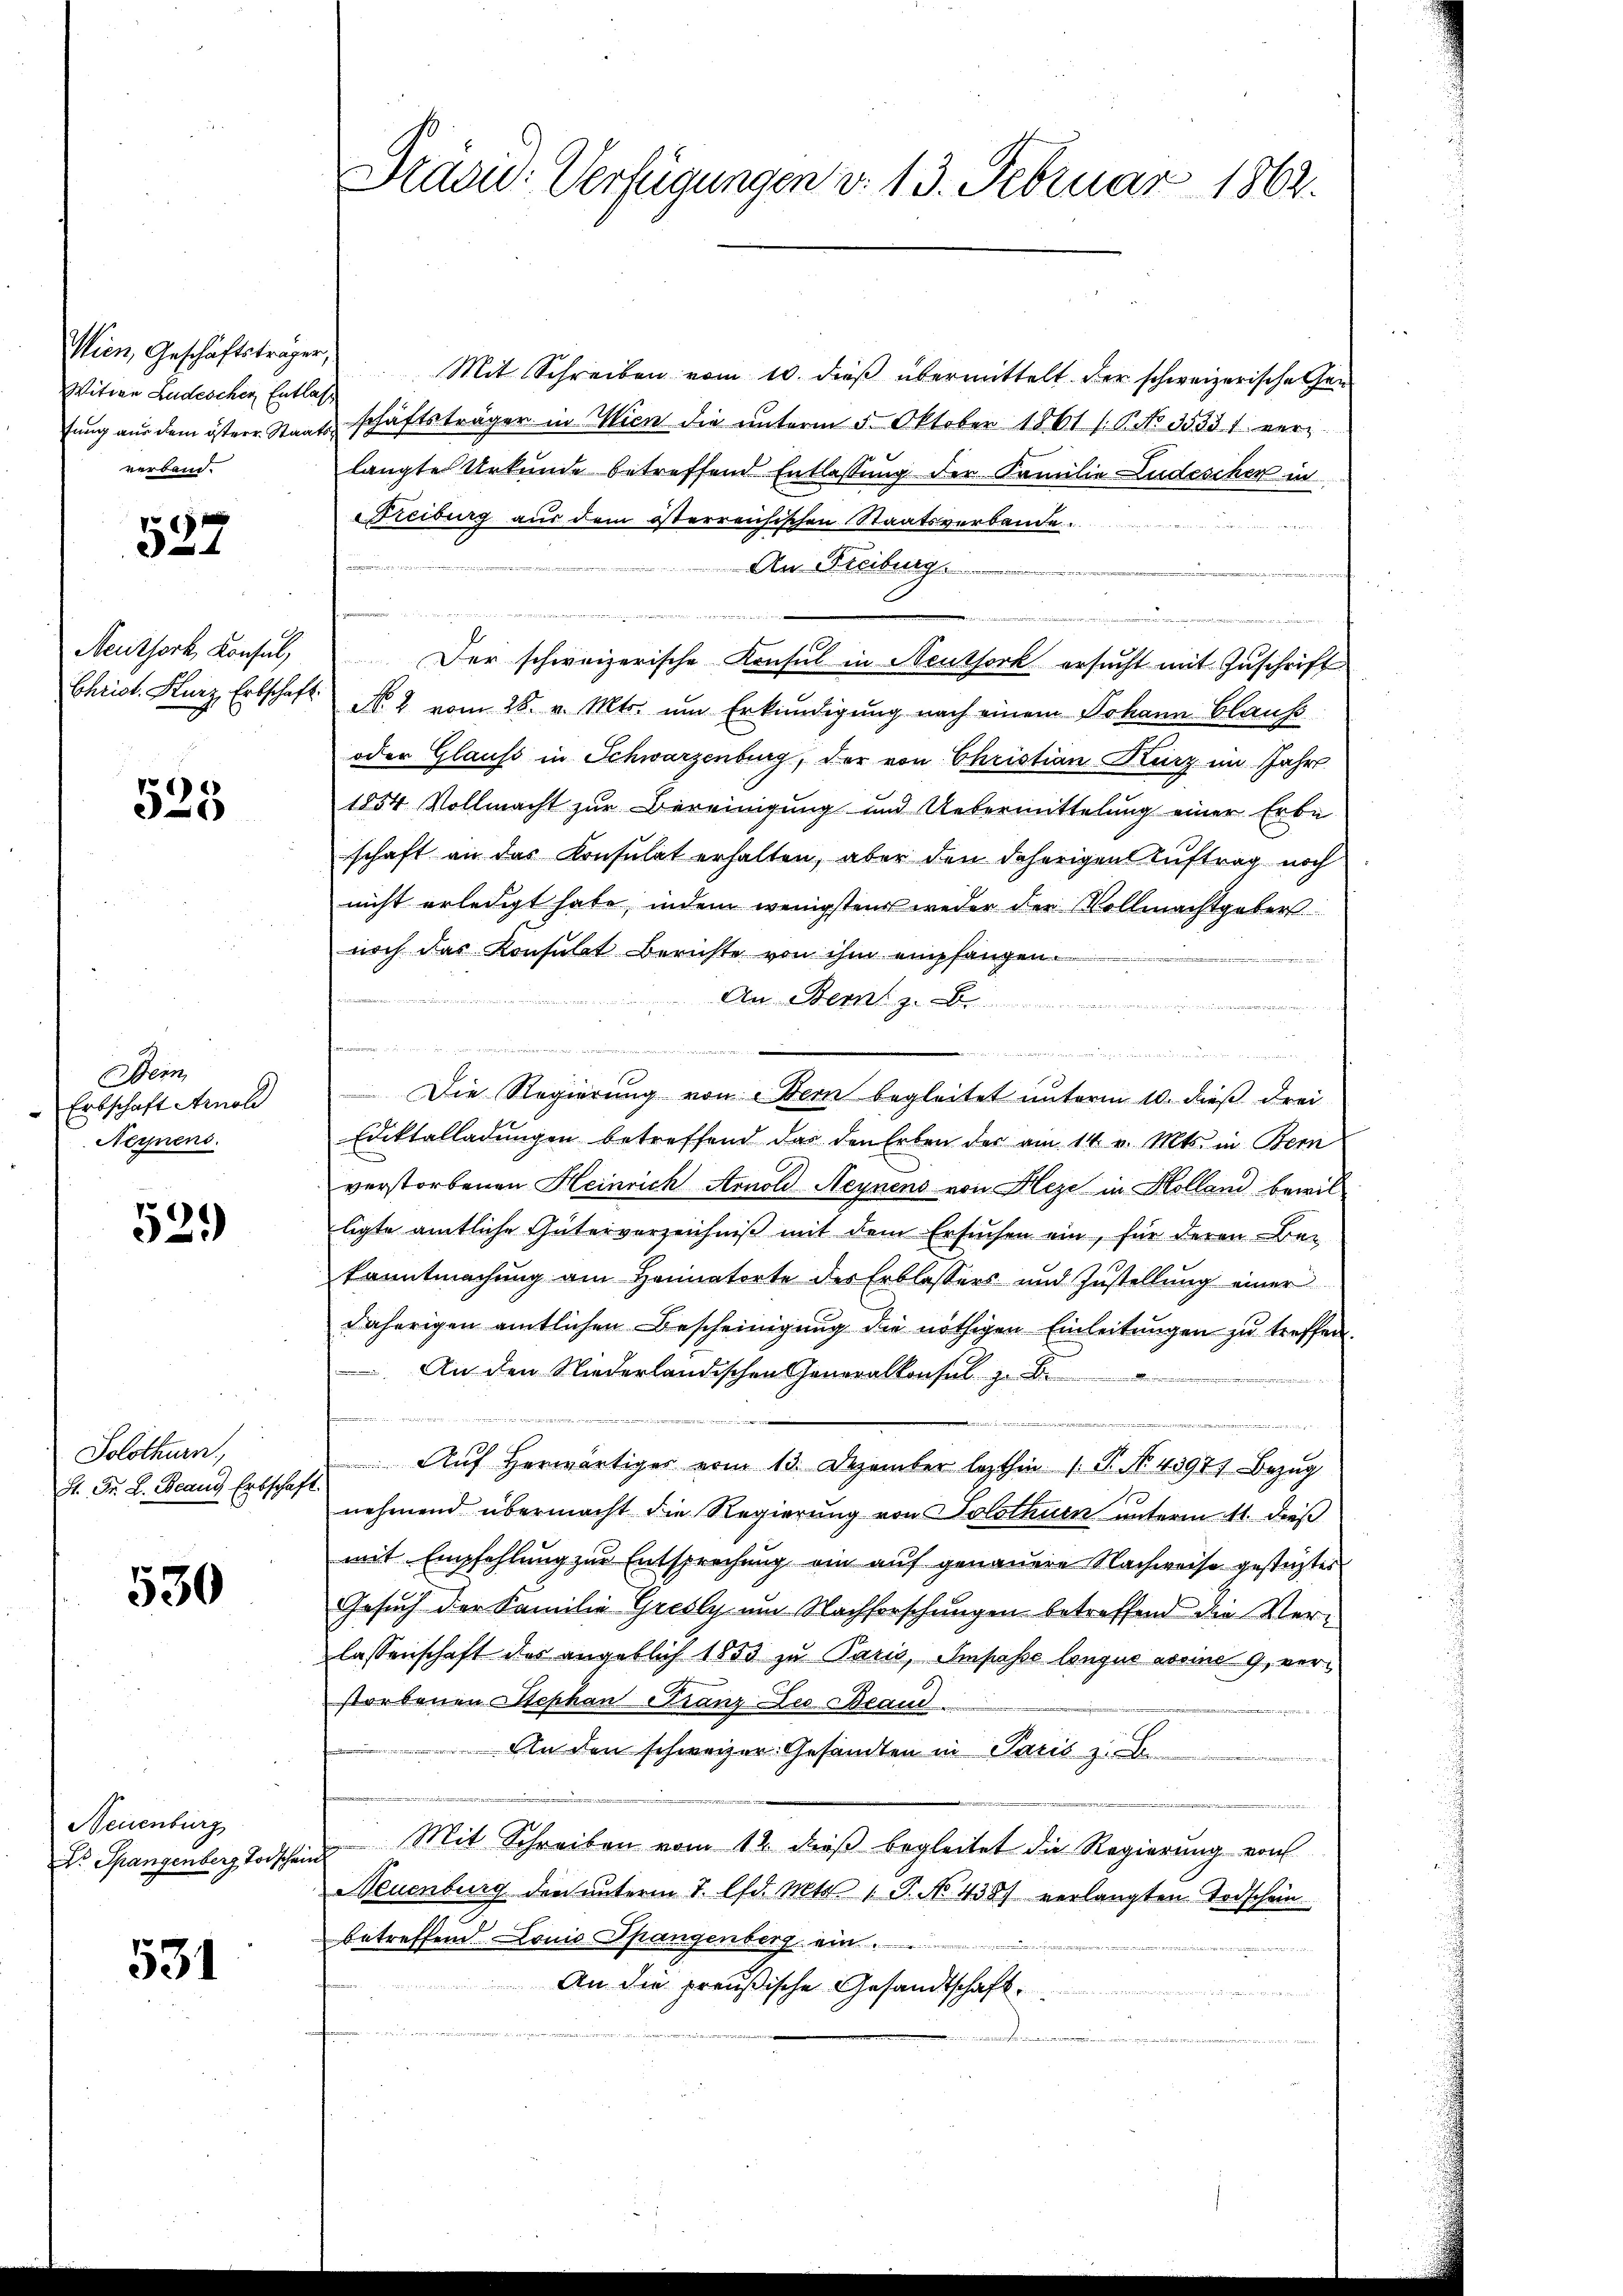
Wien, Geschäftsträger,
Witwe Ludeschen Entlass
verband.

537

Neuthork Konsul,
Christ. Sturz Erbschaft.

525

Bern
Erbschaft Arnol
Neynens.

52.)

Solothurn
H. Dr. L. Beaus Erbschaf

530

Neuenburg
Dr. Spangenberg Todschen

531

Praxis Verfügungen v. 13. Februar 1862.

Mit Schreiben vom 10. dieß übermittelt der schweizerische Getŭng aŭs dem österr. Staatsschäftsträger in Wien die ŭnterm 5. Oktober 1861 s. P. No 35331 ver-
langte Urkunde betreffend Entlassung der Familie Ludeschen in
Freiberg aus dem österreichischen Staatsverbande.
An Freiburg.

Der schweizerische Konsul in Neuthork ersucht mit Zuschrift
No. 2 vom 28. v. Mts. um Erkundigung nach einem Johann blauf
oder Glauss in Schwarzenburg, der von Christian Kurz im Jahre
1854 Vollmacht zur Vereinigung und Uebermittelung einer Erbe
schaft an das Konsulat erhalten, aber den daherigen Auftrag noch
nicht erledigt habe, indem wenigstens weder der Vollmachtgebers
noch das Konsulat Berichte von ihm empfangen.
An Bern z

.
e es er einen den der
Die Regierung von Bern begleitet unterm 10. dieß drei
Ediktalladungen betreffend das den Erben der am 14. v. Mts. in Bern
verstorbenen Heinrich Arnold Meynens von Hleze in Holland bewil
ligte amtliche Güterverzeichniß mit dem Ersuchen ein, für deren Bez
kanntmachung am Heimatorte des Erblassers und Zustellung einer
daherigen amtlichen Bescheinigŭng die nöthigen Einleitŭngen zŭ treffen.
An den Niederländischen Generalkonsul zu Be
e

 Aŭf herwärtiges vom 13. Dezember lezthin /: P. Nr. 4397) Bezug
4.)
nehmend übermacht die Regierung von Solothurn unterm 11. dieß
mit Empfehlung zur Entsprechung ein auf genauere Nachweise gestütztes
Gesuch der Familie Gresly um Nachforschungen betreffend die Verlassenschaft des angeblich 1853 zu Paris, Ampasse longus avoin 9, verstorbenen Stephan Franz Deo Beaud
An den schweizer Gesandten in Paris zu Be¬
u Mit Schreiben vom 12. dieβ begleitet die Regierung von
Neuenburg den unterm 7. d. Mts. 1 P. No. 4387 verlangten Todschein
betreffend Lonio Spangenberg ein.
An die preußische Gesandtschaftd